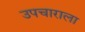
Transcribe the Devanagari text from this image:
उपचाराला